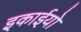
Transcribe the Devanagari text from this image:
इकाईयो